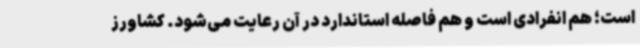
است؛ هم انفرادی است و هم فاصله استاندارد در آن رعایت می‌شود. کشاورز